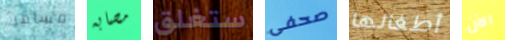
مسافر مصابه ستغلق صحفى أطفالها الآن